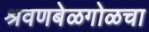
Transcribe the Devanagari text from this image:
श्रवणबेळगोळचा